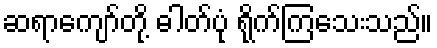
ဆရာကျော်တို့ ဓါတ်ပုံ ရိုက်ကြသေးသည်။